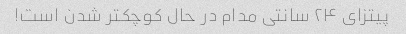
پیتزای ۲۴ سانتی مدام در حال کوچکتر شدن است!